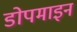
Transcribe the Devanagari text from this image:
डोपमाइन